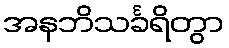
အနဘိသင်္ခရိတွာ